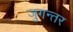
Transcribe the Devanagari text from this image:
जुगन्तर